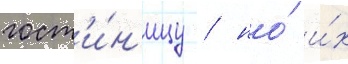
гост'и́н'ицу / но́ и́х